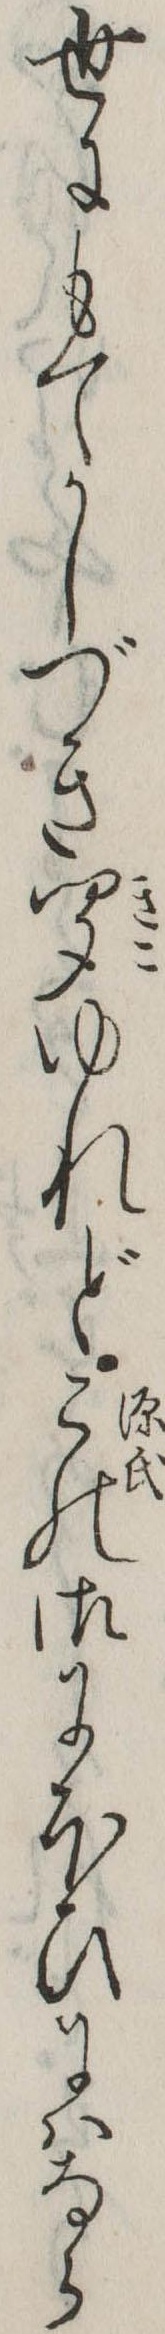
世にもてかしづき聞ゆれどこの御にほひにはなら